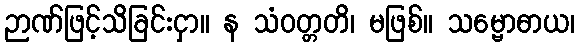
ဉာဏ်ဖြင့်သိခြင်းငှာ။ န သံဝတ္တတိ၊ မဖြစ်။ သမ္ဗောဓာယ၊